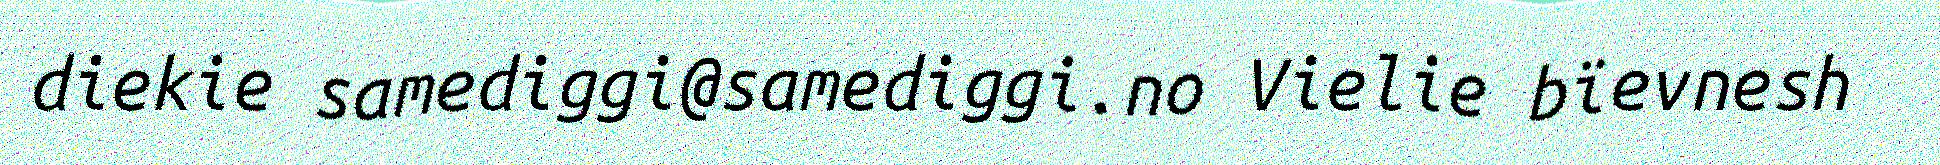
diekie samediggi@samediggi.no Vielie bïevnesh